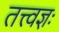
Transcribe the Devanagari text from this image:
तत्त्वज्ञः